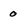
Character: 0